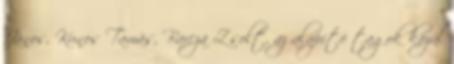
János, Kunos Tamás, Barcza Zsolt, az alapító tagok közül